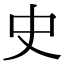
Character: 史